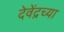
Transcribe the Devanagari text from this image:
देवेंद्रच्या